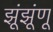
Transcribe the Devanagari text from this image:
झूंझूंणू